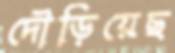
দৌড়িয়েছ